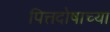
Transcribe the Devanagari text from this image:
पित्तदोषाच्या